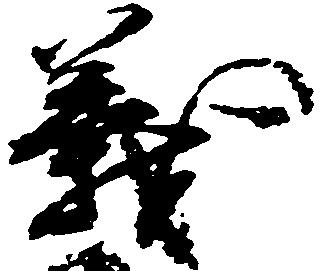
義